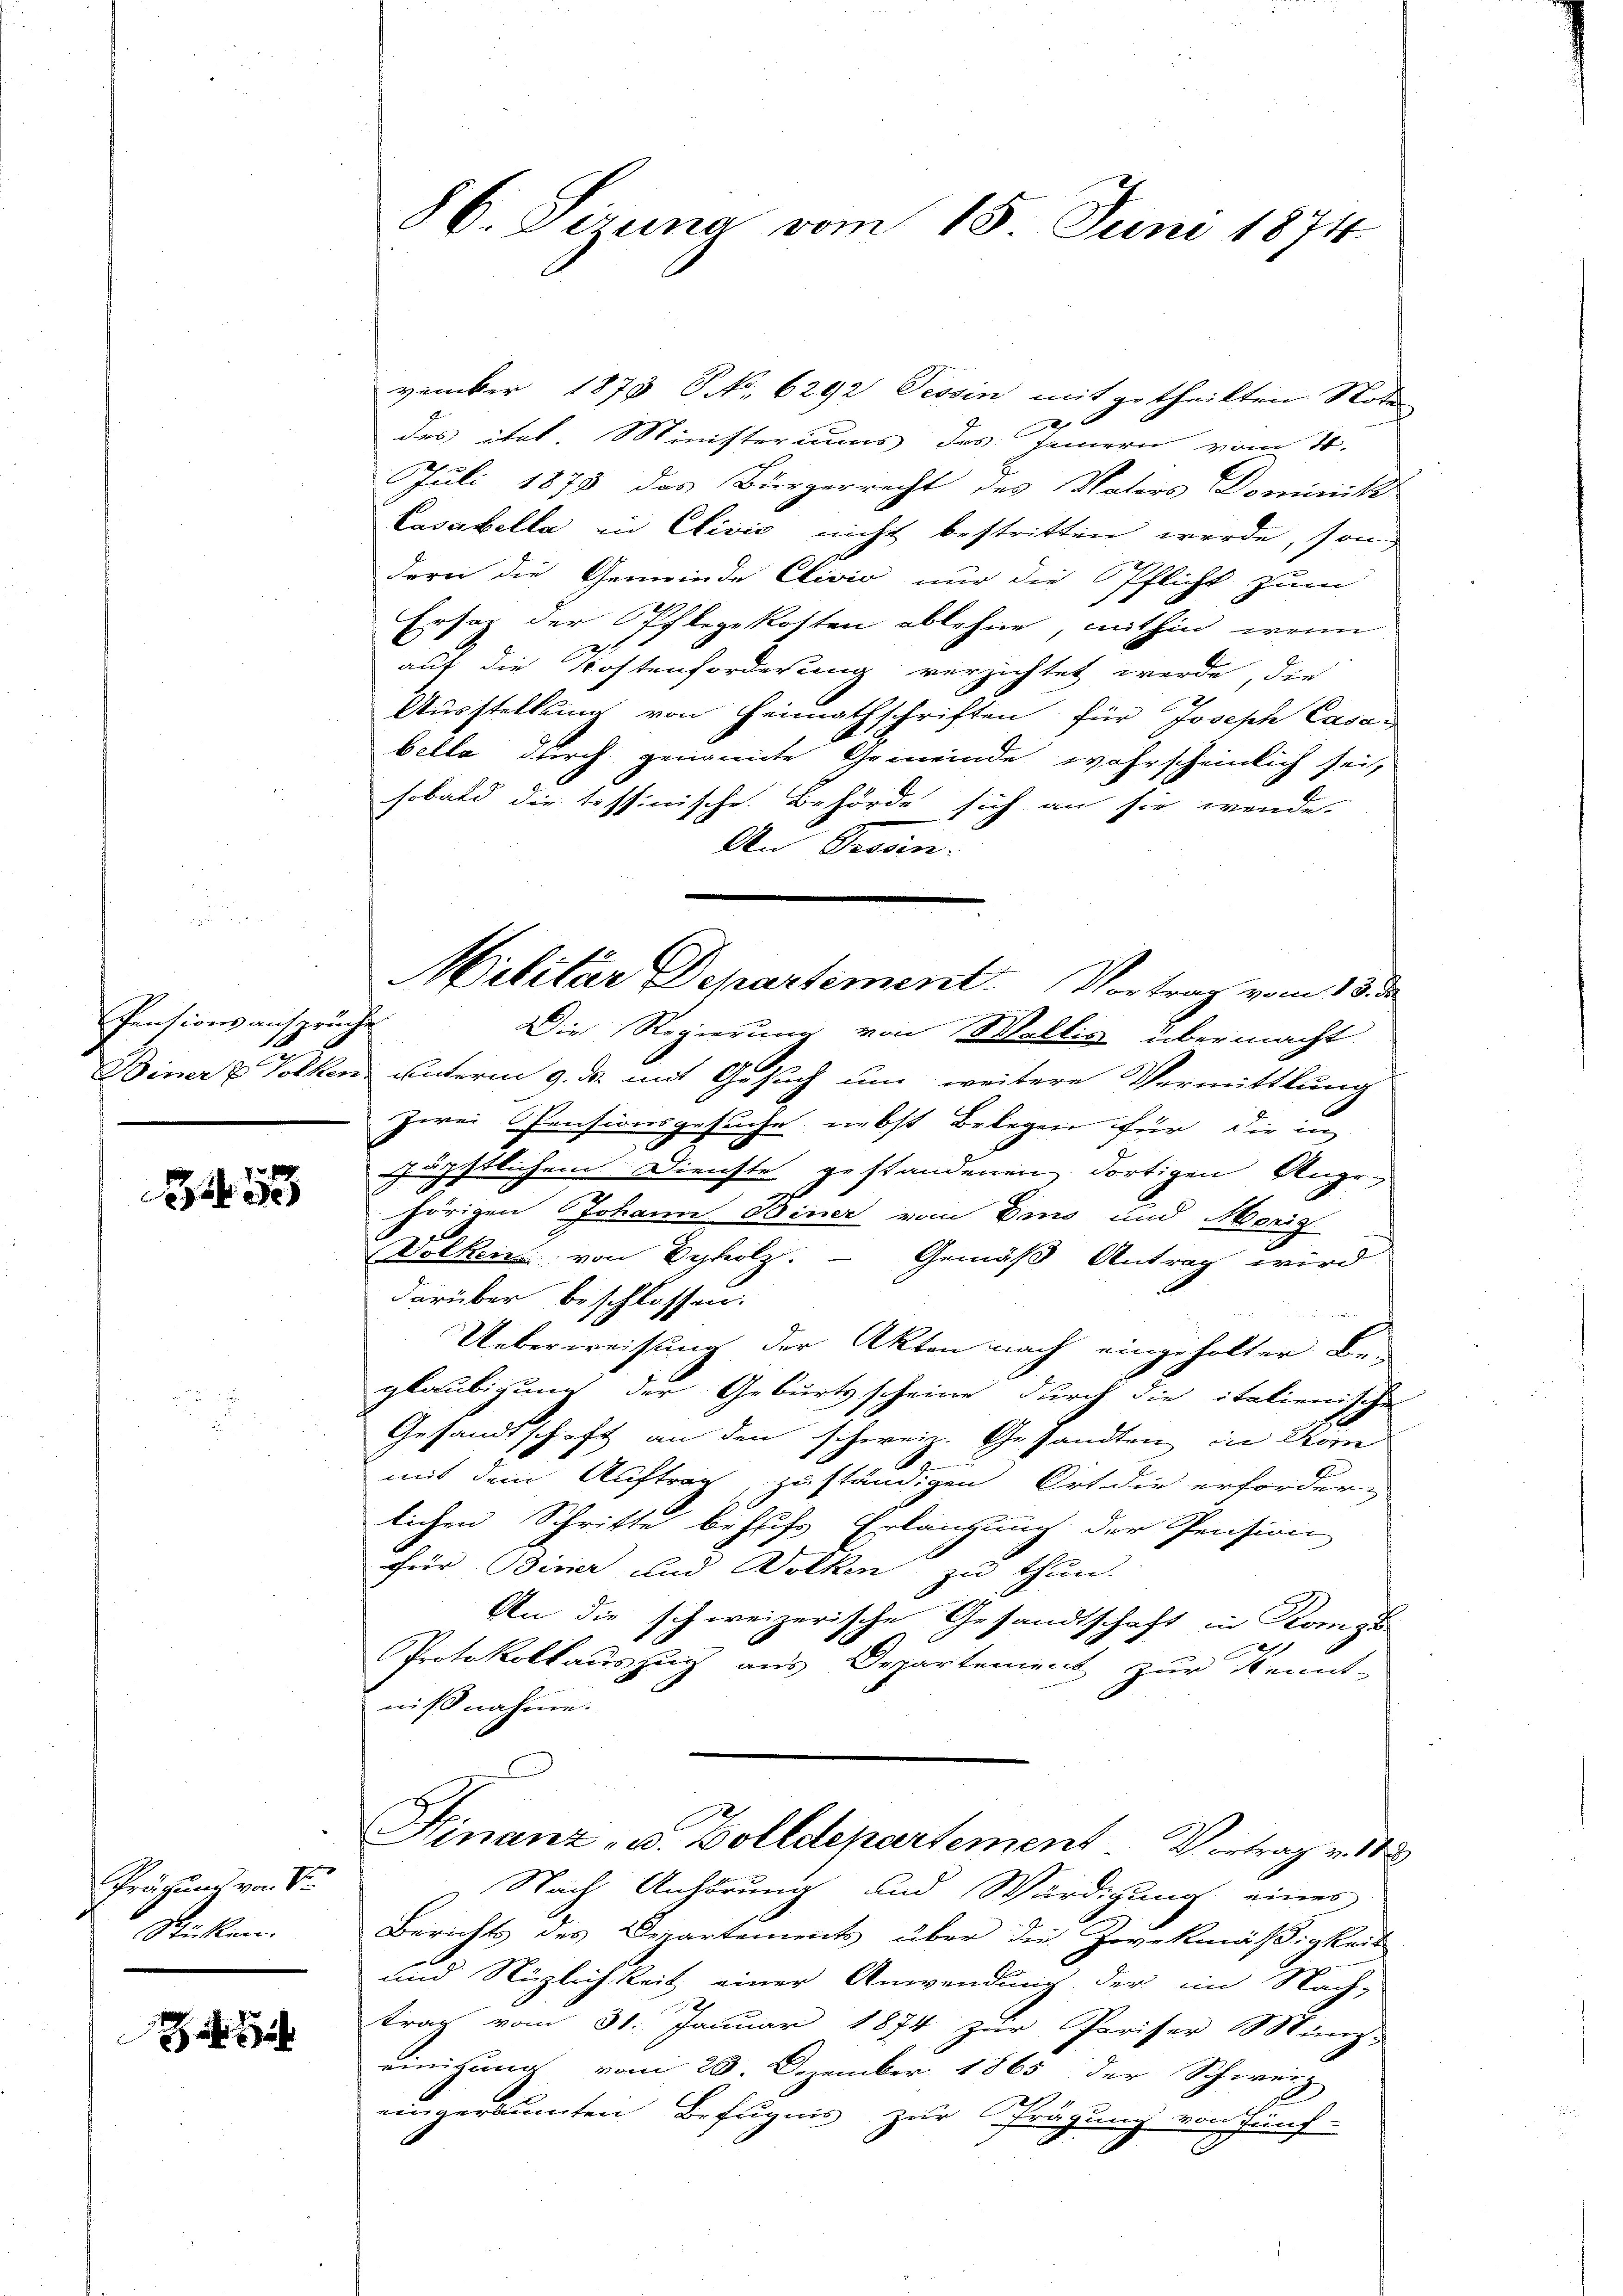
Pensionsansprüche

34 35

Pröchung von Sr
Rückten.

86. Serena vom 15. Juni 1874

vember 1879 S. 6292 Tessin mit getheilten Note
2
des ital. Ministeriums des Innern vom 2.
Juli 1878 das Bürgerrecht des Vaters Dominik
Casabella in Clivić nicht bestritten werde, sondern die Gemeinde Clivio nur die Pflicht zum
Ersatz der Pflegekosten ablehne, mithin, wenn
auf die Kostenforderung verzichtet werde, die
Ausstellung von Heimathschriften für Joseph Casan
bella durch genannte Gemeinde wahrscheinlich sei,
sobald die tessinische Behörde sich an sie wende.
An Prosen.
Die Regierung von Wallis übermacht
Biner u Volken unterm 9. ds. mit Gesuch um weitere Vermittlung
zwei Pensionsgesuche nebst Belegen für die in
gäpstlichem Dienste gestandenen dortigen Angehörigen Johann Biner vom Eis und Morig
Volken von Dyholz. Gemäß Antrag wird
darüber beschlossen:
Ueberweisung der Akten nach eingeholter Be-
glaubigung der Geburtsscheine durch die italienische
Gesandtschaft an den schweiz. Gesandten in Kom
mit dem Auftrag, zuständigen Ort die erforder-
lichen Schritte behufs Erlangung der Pension
für Diner und Wolken zu thun.
An die schweizerische Gesandtschaft in Komps
Protokollauszug aus Departement zur Kennt-
nißnahmi¬
Hinanz- u. Zolldepartement Vortrag v. 183
 Nach Anhörung und Würdigung eines
Berichts des Departements über die Zweckmäßigkeit
und Nützlichkeit einer Anwendung der im Nach-
trag vom 31. Januar 1874 zur Pariser Münz-
einigung vom 20. Dezember 1865 der Schweiz
7
eingeräumten Befugnis zur Prägung von Fünf-

Militar Departement. Vortrag vom 13. de